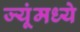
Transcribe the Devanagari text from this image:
ज्यूंमध्ये